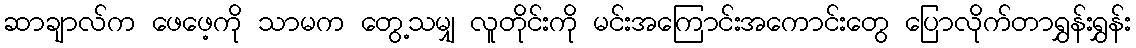
ဆာချာလ်က ဖေဖေ့ကို သာမက တွေ့သမျှ လူတိုင်းကို မင်းအကြောင်းအကောင်းတွေ ပြောလိုက်တာရွှန်းရွှန်း